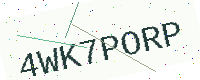
Text: 4WK7PORP